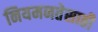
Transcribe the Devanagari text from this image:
नियमनतेसाठी